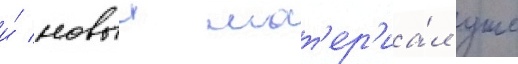
и́ новыи мат'ер'иа́л уже